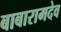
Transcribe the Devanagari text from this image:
बाबारामदेव